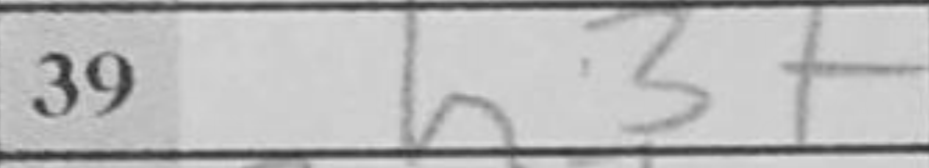
Transcription: h3+